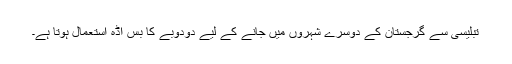
تبلیسی سے گرجستان کے دوسرے شہروں میں جانے کے لیے دودوبے کا بس اڈہ استعمال ہوتا ہے۔